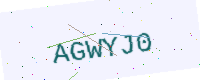
Text: AGWYJ0